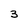
Character: 3